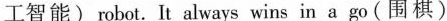
工智能)robot. It always wins in a go(围棋)